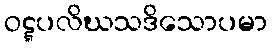
ဝဋ္ဋပလိဃသဒိသောပမာ